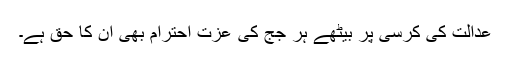
عدالت کی کرسی پر بیٹھے ہر جج کی عزت احترام بھی ان کا حق ہے۔